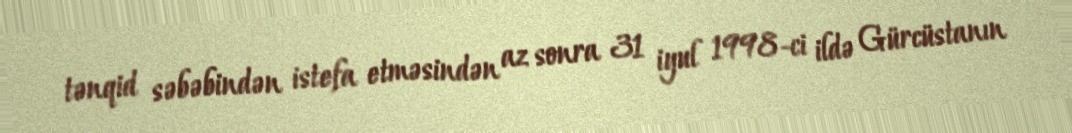
tənqid səbəbindən istefa etməsindən az sonra 31 iyul 1998-ci ildə Gürcüstanın